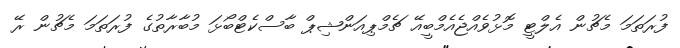
ފުރަތަމަ މެޗުން އެލްޓީ މޮޅުވެއްޖެއެމްބީއޭ ޗެމްްޕިއަންޝިޕް ބާސްކެޓްބޯޅަ މުބާރާތުގެ ފުރަތަމަ މެޗުން ރޭ